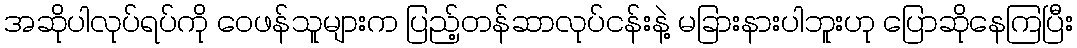
အဆိုပါလုပ်ရပ်ကို ဝေဖန်သူများက ပြည့်တန်ဆာလုပ်ငန်းနဲ့ မခြားနားပါဘူးဟု ပြောဆိုနေကြပြီး